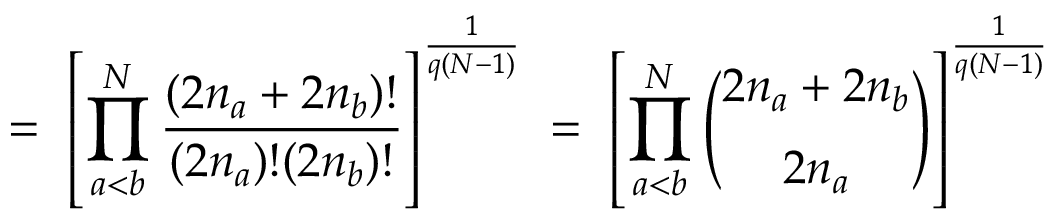
= \; \left[ \prod _ { a < b } ^ { N } \frac { ( 2 n _ { a } + 2 n _ { b } ) ! } { ( 2 n _ { a } ) ! ( 2 n _ { b } ) ! } \right] ^ { \frac { 1 } { q ( N - 1 ) } } \; = \; \left[ \prod _ { a < b } ^ { N } { \binom { 2 n _ { a } + 2 n _ { b } } { 2 n _ { a } } } \right] ^ { \frac { 1 } { q ( N - 1 ) } }